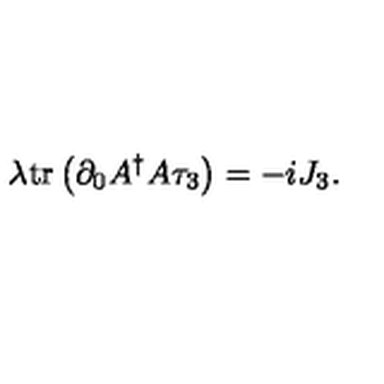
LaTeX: \lambda \mathrm { t r } \left( \partial _ { 0 } A ^ { \dag } A \tau _ { 3 } \right) = - i J _ { 3 } .